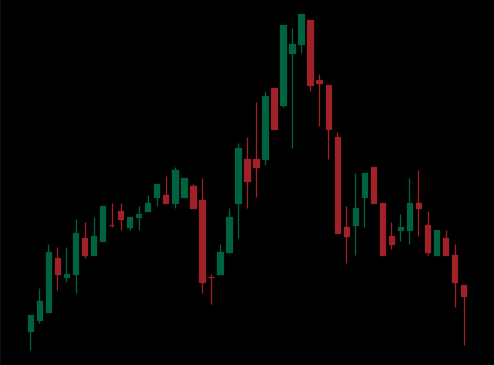
Pattern: head_shoulders